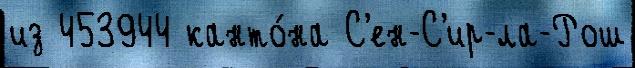
из 453944 канто́на С'ен-С'ир-ла-Рош